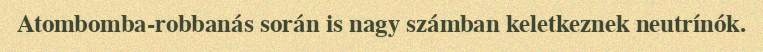
Atombomba-robbanás során is nagy számban keletkeznek neutrínók.